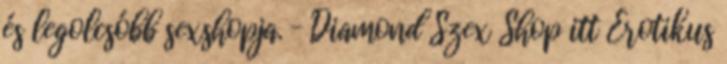
és legolcsóbb sexshopja. – Diamond Szex Shop itt Erotikus